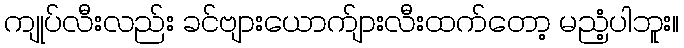
ကျုပ်လီးလည်း ခင်ဗျားယောက်ျားလီးထက်တော့ မညံ့ပါဘူး။